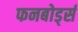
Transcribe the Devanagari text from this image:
फनबोर्ड्स